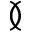
\between